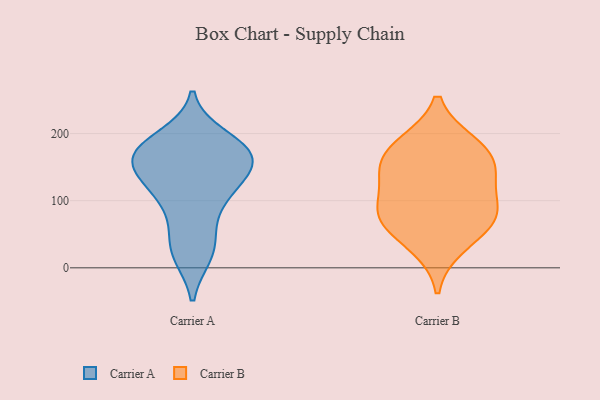
{"axis": {"x": "Energy Usage (MWh)", "y": "Value"}, "legend": ["Carrier A", "Carrier B"], "data": [{"x": "", "y": 179, "type": "Carrier A"}, {"x": "", "y": 112, "type": "Carrier A"}, {"x": "", "y": 41, "type": "Carrier A"}, {"x": "", "y": 146, "type": "Carrier A"}, {"x": "", "y": 20, "type": "Carrier A"}, {"x": "", "y": 180, "type": "Carrier A"}, {"x": "", "y": 167, "type": "Carrier A"}, {"x": "", "y": 117, "type": "Carrier A"}, {"x": "", "y": 169, "type": "Carrier A"}, {"x": "", "y": 77, "type": "Carrier A"}, {"x": "", "y": 155, "type": "Carrier A"}, {"x": "", "y": 172, "type": "Carrier A"}, {"x": "", "y": 21, "type": "Carrier A"}, {"x": "", "y": 114, "type": "Carrier A"}, {"x": "", "y": 150, "type": "Carrier A"}, {"x": "", "y": 194, "type": "Carrier A"}, {"x": "", "y": 132, "type": "Carrier B"}, {"x": "", "y": 32, "type": "Carrier B"}, {"x": "", "y": 71, "type": "Carrier B"}, {"x": "", "y": 96, "type": "Carrier B"}, {"x": "", "y": 77, "type": "Carrier B"}, {"x": "", "y": 185, "type": "Carrier B"}, {"x": "", "y": 150, "type": "Carrier B"}, {"x": "", "y": 182, "type": "Carrier B"}, {"x": "", "y": 151, "type": "Carrier B"}, {"x": "", "y": 73, "type": "Carrier B"}]}